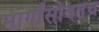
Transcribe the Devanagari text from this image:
मार्गांसोबतच